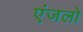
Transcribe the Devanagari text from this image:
एंजलो